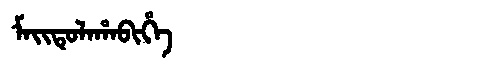
Manchu: ᠮᠠᡳᡨᡠᠯᠠᡥᠠᠪᡳᡥᡝ
Romanization: MAITULAHABIHE